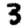
Digit: 3